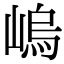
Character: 嵨